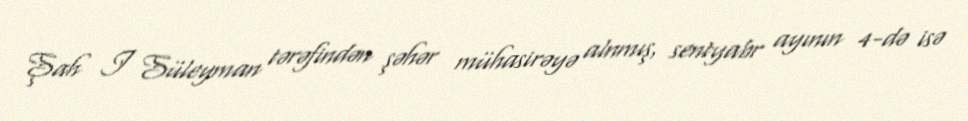
Şah I Süleyman tərəfindən şəhər mühasirəyə alnmış, sentyabr ayının 4-də isə